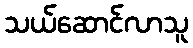
သယ်ဆောင်လာသူ